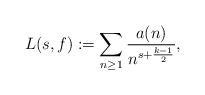
LaTeX: \begin{align*} L(s, f) := \sum_{n \geq 1} \frac{a(n)}{n^{s + \frac{k-1}{2}}}, \end{align*}